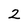
Character: 2